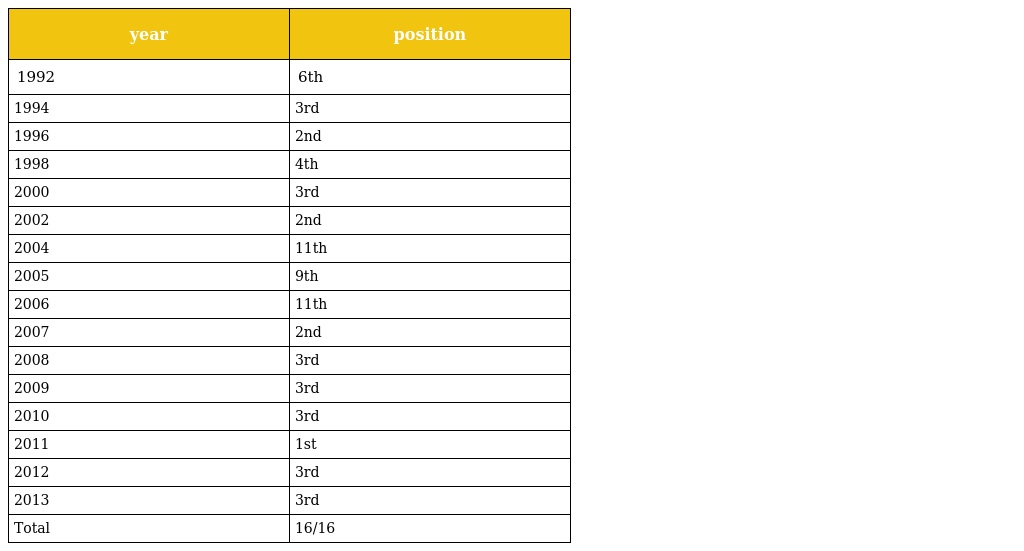
| year | position |
 | --- | --- |
 | 1992 | 6th |
 | 1994 | 3rd |
 | 1996 | 2nd |
 | 1998 | 4th |
 | 2000 | 3rd |
 | 2002 | 2nd |
 | 2004 | 11th |
 | 2005 | 9th |
 | 2006 | 11th |
 | 2007 | 2nd |
 | 2008 | 3rd |
 | 2009 | 3rd |
 | 2010 | 3rd |
 | 2011 | 1st |
 | 2012 | 3rd |
 | 2013 | 3rd |
 | Total | 16/16 |